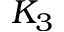
K _ { 3 }